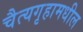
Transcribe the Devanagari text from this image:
चैत्यगृहामधील